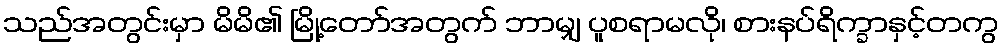
သည်အတွင်းမှာ မိမိ၏ မြို့တော်အတွက် ဘာမျှ ပူစရာမလို၊ စားနပ်ရိက္ခာနှင့်တကွ